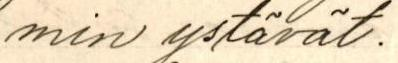
min ystävät.